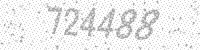
Solution: 724488